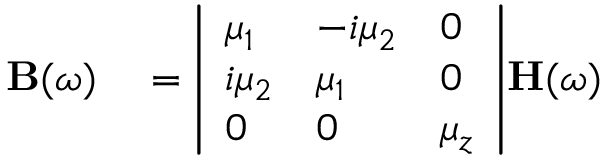
\begin{array} { r l } { \mathbf { B } ( \omega ) } & { { } = { \left| \begin{array} { l l l } { \mu _ { 1 } } & { - i \mu _ { 2 } } & { 0 } \\ { i \mu _ { 2 } } & { \mu _ { 1 } } & { 0 } \\ { 0 } & { 0 } & { \mu _ { z } } \end{array} \right| } \mathbf { H } ( \omega ) } \end{array}